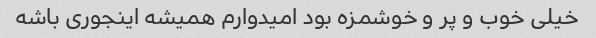
خیلی خوب و پر و خوشمزه بود امیدوارم همیشه اینجوری باشه